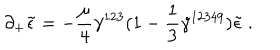
\partial _ { + } \tilde { \epsilon } = - \frac { \mu } { 4 } \gamma ^ { 1 2 3 } ( 1 - \frac { 1 } { 3 } \gamma ^ { 1 2 3 4 9 } ) \tilde { \epsilon } ~ .